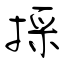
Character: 採